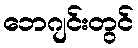
ဘေဂျင်းတွင်